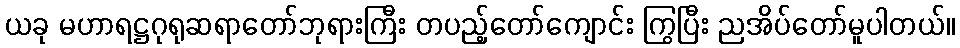
ယခု မဟာရဋ္ဌဂုရုဆရာတော်ဘုရားကြီး တပည့်တော်ကျောင်း ကြွပြီး ညအိပ်တော်မူပါတယ်။